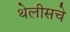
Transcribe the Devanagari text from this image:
थेलीसचे